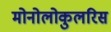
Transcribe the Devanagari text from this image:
मोनोलोकुलरिस